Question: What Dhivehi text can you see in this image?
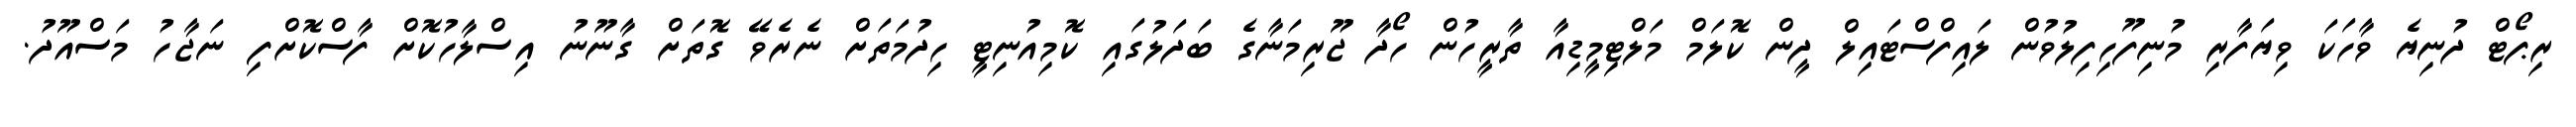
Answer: ރިޕޯޓް ދުނިޔެ ވާހަކަ ވިޔަފާރި މުނިފޫހިފިލުވުން ލައިފްސްޓައިލް ދީން ކޮލަމް މަލްޓިމީޑިއާ ތާރީހުން ހޯދާ ޖޫރިމަނާގެ ބަދަލުގައި ކޮމިއުނިޓީ ހިދުމަތަށް ނެރެވޭ ގޮތަށް ގާނޫނު އިސްލާހުކޮށް ފާސްކޮށްފި ނަޖާހު މަސްއޫދު.